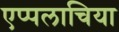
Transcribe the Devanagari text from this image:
एप्पलाचिया